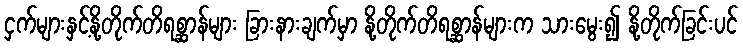
ငှက်များနှင့်နို့တိုက်တိရစ္ဆာန်များ ခြားနားချက်မှာ နို့တိုက်တိရစ္ဆာန်များက သားမွေး၍ နို့တိုက်ခြင်းပင်